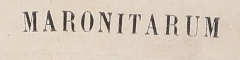
MARONITARUM